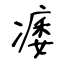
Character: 痿